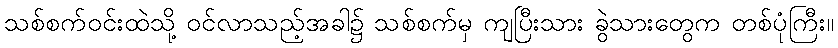
သစ်စက်ဝင်းထဲသို့ ဝင်လာသည့်အခါ၌ သစ်စက်မှ ကျပြီးသား ခွဲသားတွေက တစ်ပုံကြီး။